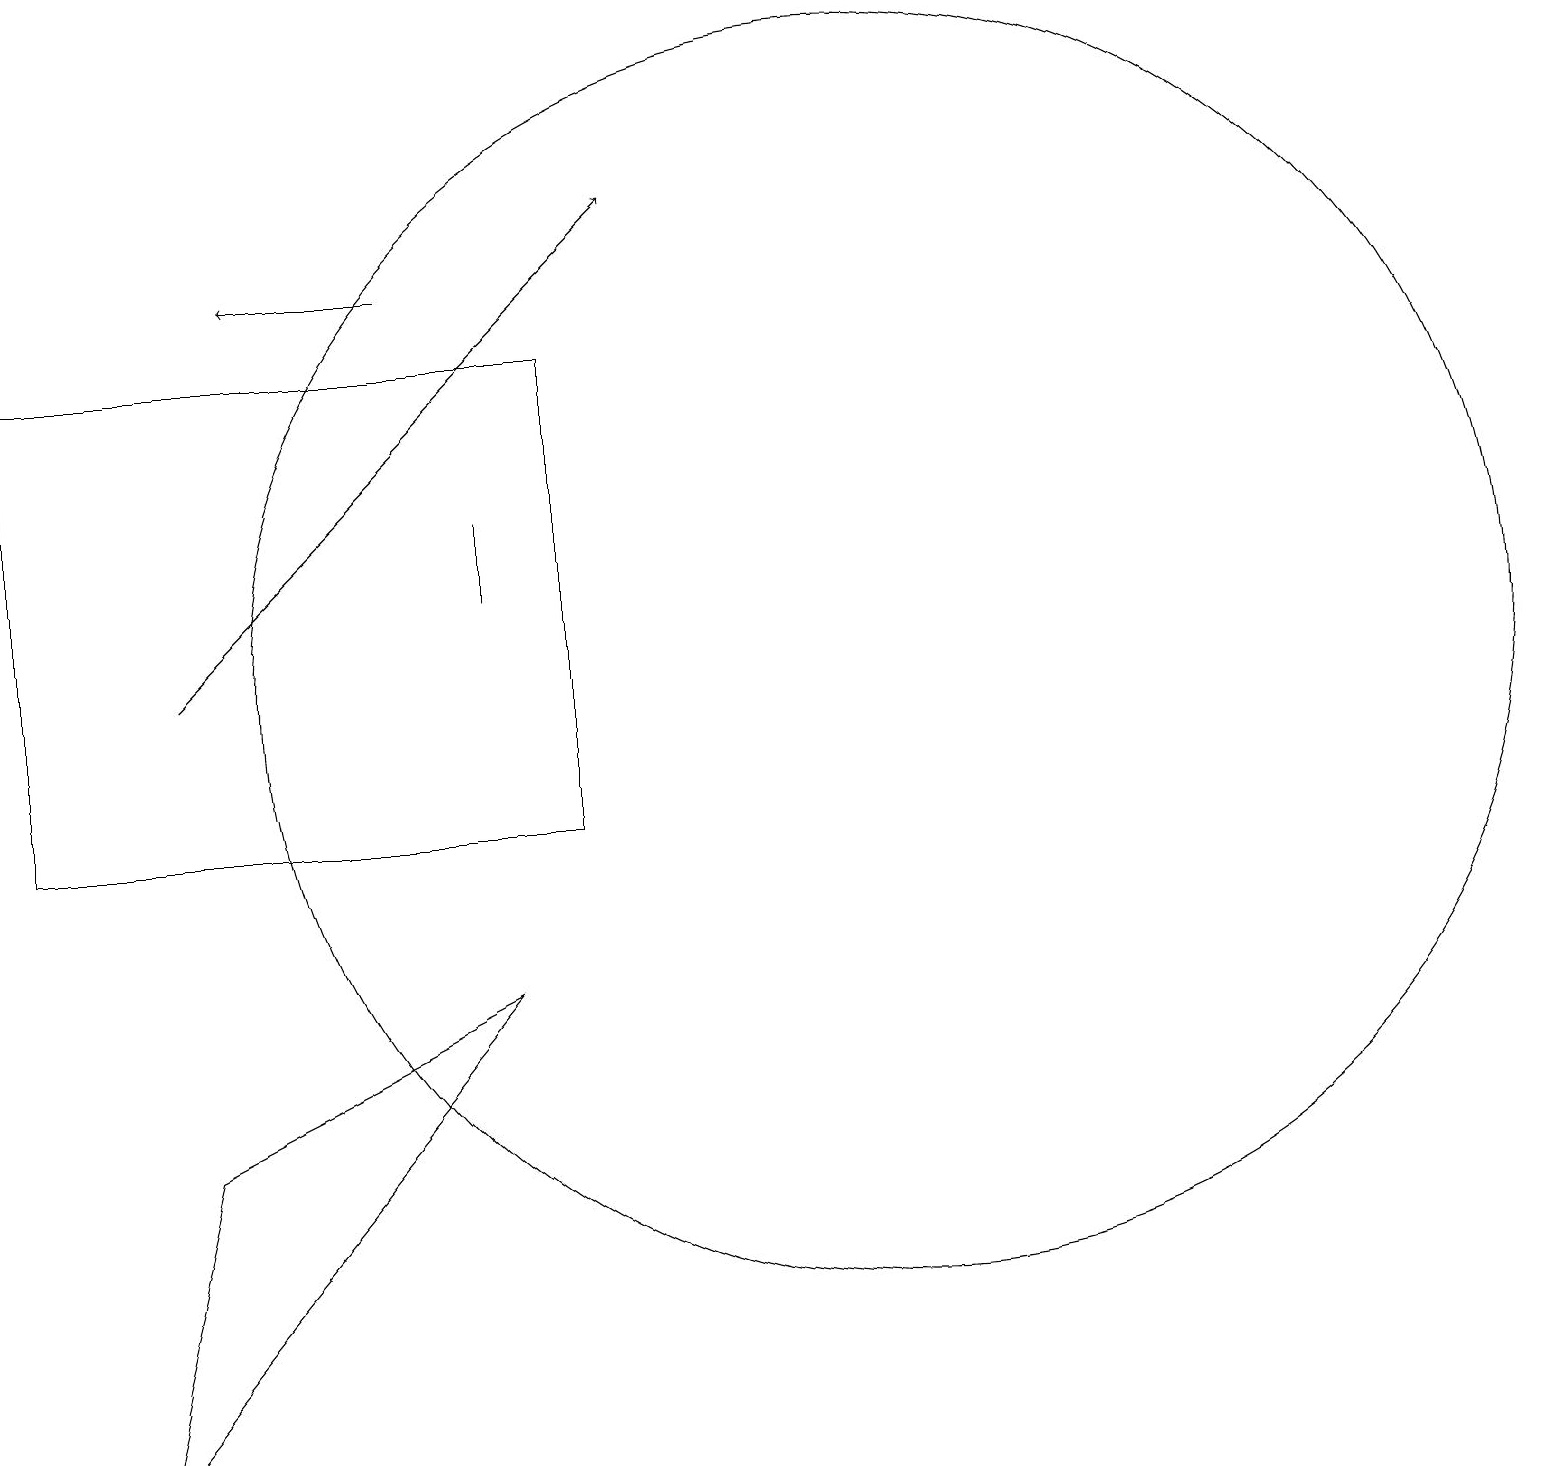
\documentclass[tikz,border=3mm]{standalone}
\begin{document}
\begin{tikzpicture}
\draw[->] (6,17) -- (4,17);
\draw (8,10) rectangle (1,16);
\draw (3,6) -- (7,8) -- (2,2) -- cycle;
\draw[->] (3,12) -- (9,18);
\draw (12,12) circle (8);
\draw (7,14) rectangle (7,13);
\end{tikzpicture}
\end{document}